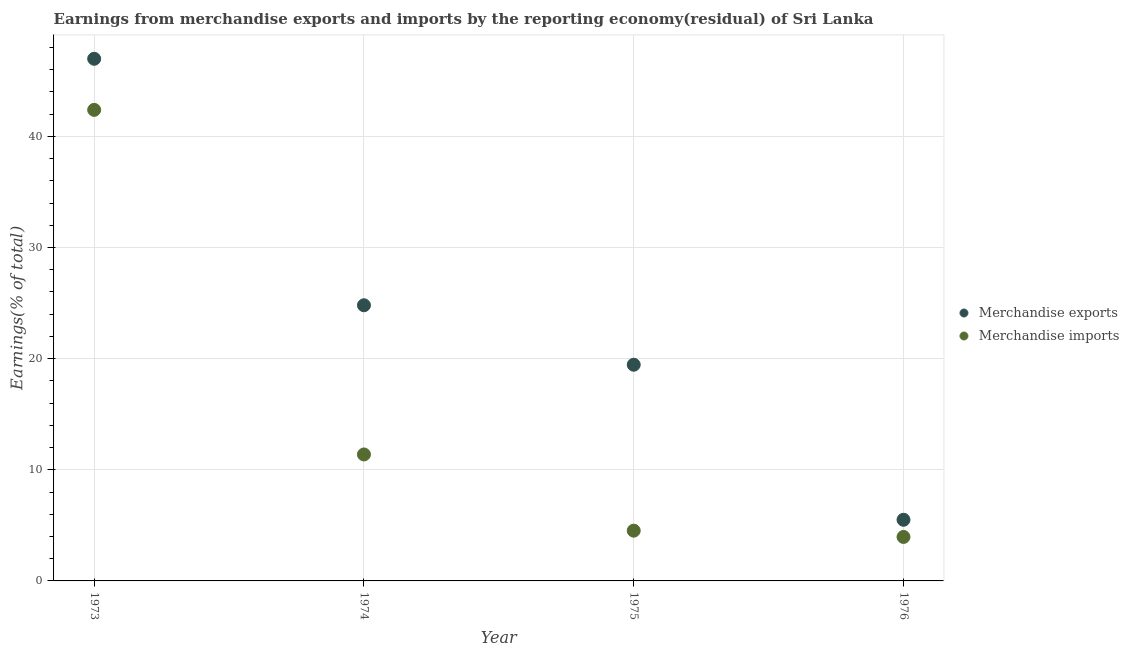
| Year | Merchandise exports | Merchandise imports |
 | --- | --- | --- |
 | 1973 | 47 | 42.4 |
 | 1974 | 24.8 | 11.4 |
 | 1975 | 19.5 | 4.52 |
 | 1976 | 5.5 | 3.96 |